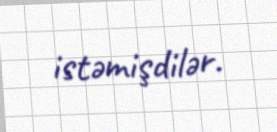
istəmişdilər.